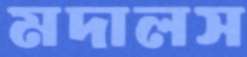
মদালস